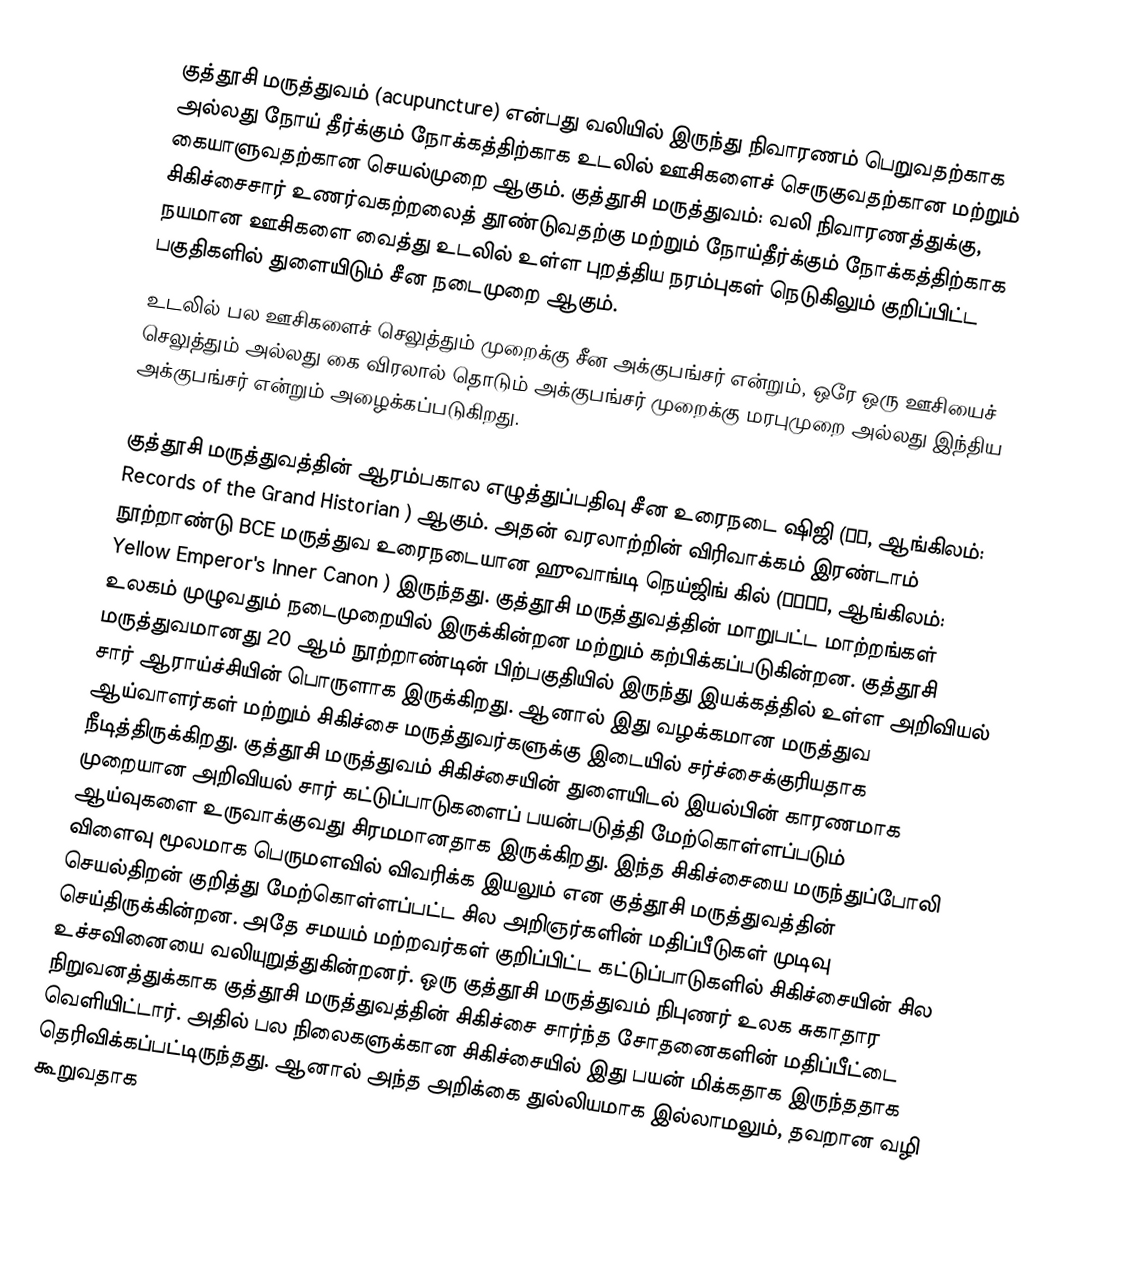
குத்தூசி மருத்துவம் (acupuncture) என்பது வலியில் இருந்து நிவாரணம் பெறுவதற்காக அல்லது நோய் தீர்க்கும் நோக்கத்திற்காக உடலில் ஊசிகளைச் செருகுவதற்கான மற்றும் கையாளுவதற்கான செயல்முறை ஆகும். குத்தூசி மருத்துவம்: வலி நிவாரணத்துக்கு, சிகிச்சைசார் உணர்வகற்றலைத் தூண்டுவதற்கு மற்றும் நோய்தீர்க்கும் நோக்கத்திற்காக நயமான ஊசிகளை வைத்து உடலில் உள்ள புறத்திய நரம்புகள் நெடுகிலும் குறிப்பிட்ட பகுதிகளில் துளையிடும் சீன நடைமுறை ஆகும்.
உடலில் பல ஊசிகளைச் செலுத்தும் முறைக்கு சீன அக்குபங்சர் என்றும், ஒரே ஒரு ஊசியைச் செலுத்தும் அல்லது கை விரலால் தொடும் அக்குபங்சர் முறைக்கு மரபுமுறை அல்லது இந்திய அக்குபங்சர் என்றும் அழைக்கப்படுகிறது.

குத்தூசி மருத்துவத்தின் ஆரம்பகால எழுத்துப்பதிவு சீன உரைநடை ஷிஜி  (史記, ஆங்கிலம்: Records of the Grand Historian ) ஆகும். அதன் வரலாற்றின் விரிவாக்கம் இரண்டாம் நூற்றாண்டு BCE மருத்துவ உரைநடையான ஹுவாங்டி நெய்ஜிங் கில் (黃帝內經, ஆங்கிலம்: Yellow Emperor's Inner Canon ) இருந்தது. குத்தூசி மருத்துவத்தின் மாறுபட்ட மாற்றங்கள் உலகம் முழுவதும் நடைமுறையில் இருக்கின்றன மற்றும் கற்பிக்கப்படுகின்றன. குத்தூசி மருத்துவமானது 20 ஆம் நூற்றாண்டின் பிற்பகுதியில் இருந்து இயக்கத்தில் உள்ள அறிவியல் சார் ஆராய்ச்சியின் பொருளாக இருக்கிறது. ஆனால் இது வழக்கமான மருத்துவ ஆய்வாளர்கள் மற்றும் சிகிச்சை மருத்துவர்களுக்கு இடையில் சர்ச்சைக்குரியதாக நீடித்திருக்கிறது. குத்தூசி மருத்துவம் சிகிச்சையின் துளையிடல் இயல்பின் காரணமாக முறையான அறிவியல் சார் கட்டுப்பாடுகளைப் பயன்படுத்தி மேற்கொள்ளப்படும் ஆய்வுகளை உருவாக்குவது சிரமமானதாக இருக்கிறது. இந்த சிகிச்சையை மருந்துப்போலி விளைவு மூலமாக பெருமளவில் விவரிக்க இயலும் என குத்தூசி மருத்துவத்தின் செயல்திறன் குறித்து மேற்கொள்ளப்பட்ட சில அறிஞர்களின் மதிப்பீடுகள் முடிவு செய்திருக்கின்றன. அதே சமயம் மற்றவர்கள் குறிப்பிட்ட கட்டுப்பாடுகளில் சிகிச்சையின் சில உச்சவினையை வலியுறுத்துகின்றனர். ஒரு குத்தூசி மருத்துவம் நிபுணர் உலக சுகாதார நிறுவனத்துக்காக குத்தூசி மருத்துவத்தின் சிகிச்சை சார்ந்த சோதனைகளின் மதிப்பீட்டை வெளியிட்டார். அதில் பல நிலைகளுக்கான சிகிச்சையில் இது பயன் மிக்கதாக இருந்ததாக தெரிவிக்கப்பட்டிருந்தது. ஆனால் அந்த அறிக்கை துல்லியமாக இல்லாமலும், தவறான வழி கூறுவதாக